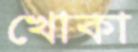
খোকা